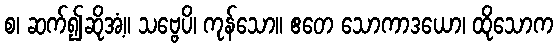
စ၊ ဆက်၍ဆိုအံ့။ သဗ္ဗေပိ၊ ကုန်သော။ ဧတေ သောကာဒယော၊ ထိုသောက